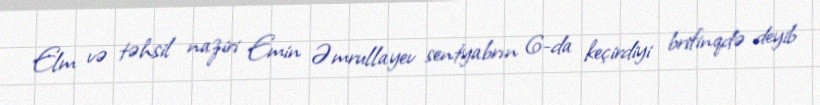
Elm və təhsil naziri Emin Əmrullayev sentyabrın 6-da keçirdiyi brifinqdə deyib